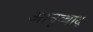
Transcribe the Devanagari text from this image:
आनूव्वाद्